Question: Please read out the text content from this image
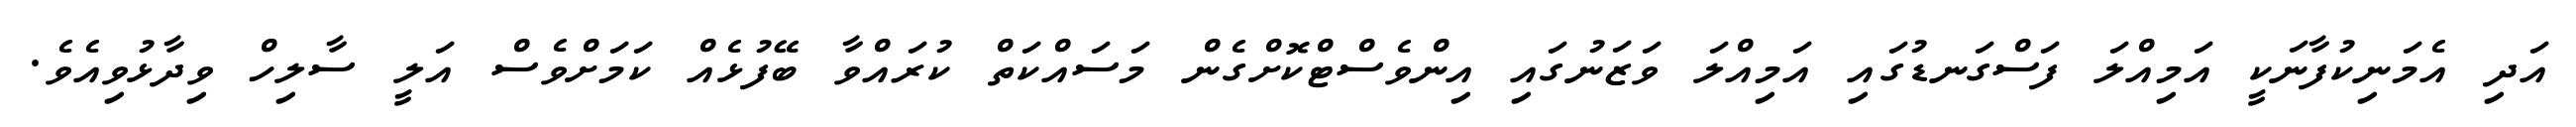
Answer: އަދި އެމަނިކުފާނަކީ އަމިއްލަ ފަސްގަނޑުގައި އަމިއްލަ ވަޒަނުގައި އިންވެސްޓްކޮށްގެން މަސައްކަތް ކުރައްވާ ބޭފުޅެއް ކަމަށްވެސް އަލީ ސާލިހް ވިދާޅުވިއެވެ.